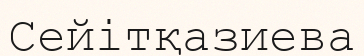
Сейітқазиева